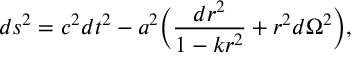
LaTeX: d s ^ { 2 } = c ^ { 2 } d t ^ { 2 } - a ^ { 2 } \biggl ( \frac { d r ^ { 2 } } { 1 - k r ^ { 2 } } + r ^ { 2 } d \Omega ^ { 2 } \biggr ) ,